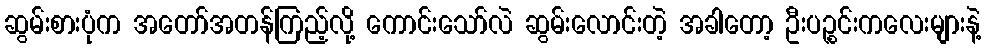
ဆွမ်းစားပုံက အတော်အတန်ကြည့်လို့ ကောင်းသော်လဲ ဆွမ်းလောင်းတဲ့ အခါတော့ ဦးပဉ္စင်းကလေးများနဲ့